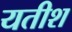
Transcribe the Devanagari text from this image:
यतीश